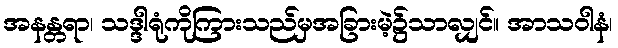
အနန္တရာ၊ သဒ္ဒါရုံကိုကြားသည်မှအခြားမဲ့၌သာလျှင်။ အာသဝါနံ၊